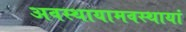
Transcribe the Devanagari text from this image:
अवस्थायामवस्थायां